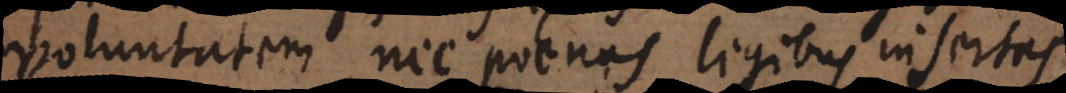
voluntatem, nec poenas legibus insertas